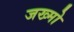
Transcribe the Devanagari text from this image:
जख्मो